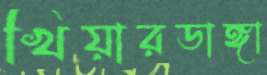
খিয়ারডাঙ্গা